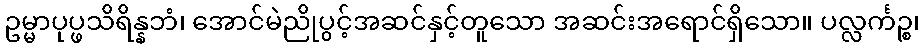
ဥမ္မာပုပ္ဖသိရိန္နဘံ၊ အောင်မဲညိုပွင့်အဆင်နှင့်တူသော အဆင်းအရောင်ရှိသော။ ပလ္လင်္ကဉ္စ၊